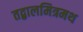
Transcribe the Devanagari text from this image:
तद्बालमित्रमथ